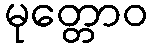
မုတ္တောဝ